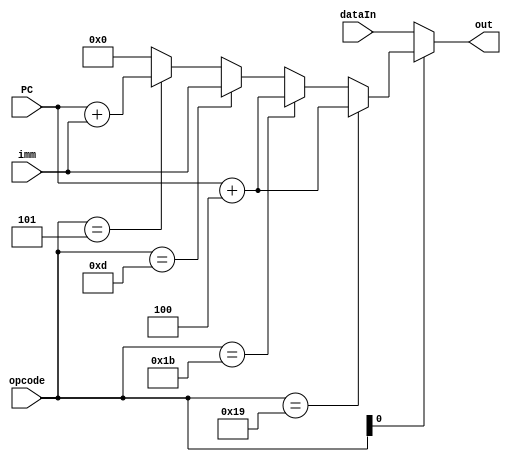
module RFControl(input [4:0] opcode,
input [31:0] dataIn, 
input [31:0] imm, 
input [31:0] PC, 
output [31:0] out);
assign out = (opcode[0]==0)?dataIn:
(opcode == 5'b11_001)?(PC+4):(opcode == 5'b11_011)?(PC+4):
(opcode == 5'b01_101)?imm:(opcode == 5'b00_101)?(PC+imm):0;
endmodule